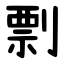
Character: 剽